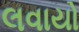
લવાયો